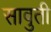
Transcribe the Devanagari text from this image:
सावुती